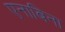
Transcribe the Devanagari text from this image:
एनाबिना